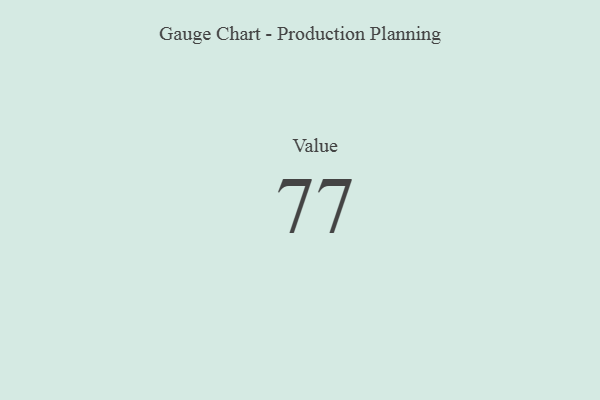
{"axis": {"x": "Metric", "y": "Value"}, "legend": [""], "data": [{"x": "Value", "y": 77, "type": ""}]}